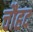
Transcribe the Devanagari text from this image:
चौहद